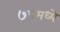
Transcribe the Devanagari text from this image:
७८मध्ये